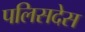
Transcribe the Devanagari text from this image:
पलिसदेस